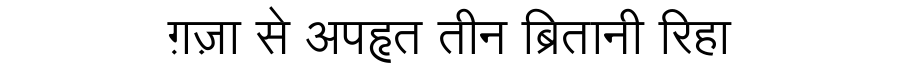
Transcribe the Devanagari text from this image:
ग़ज़ा से अपहृत तीन ब्रितानी रिहा